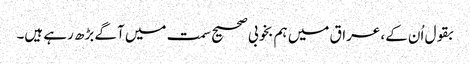
بقول اُن کے، عراق میں ہم بخوبی صحیح سمت میں آگے بڑھ رہے ہیں۔